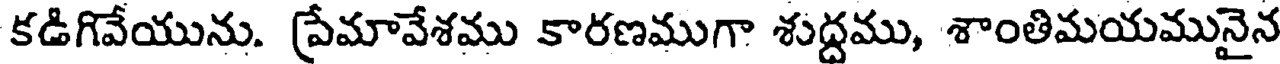
కడిగివేయును. ప్రేమావేశము కారణముగా శుద్దము, శాంతిమయమునైన